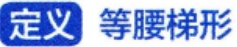
定义 等腰梯形